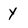
Character: y